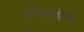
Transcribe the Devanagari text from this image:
आगगाडीने